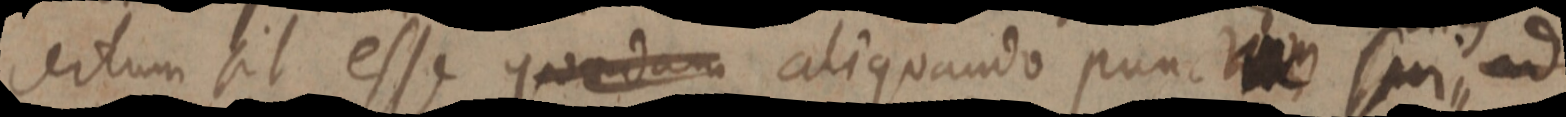
certum sit esse quaedam aliquando punctum sui ad